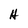
Character: H